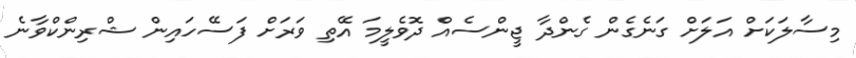
މިސާލަކަށް އަލަށް ގަނެގެން ގެންދާ ޖީންސެއް ދޮވެލީމަ އޭތި ވަރަށް ފަސޭހައިން ޝްރިންކްވާނެ